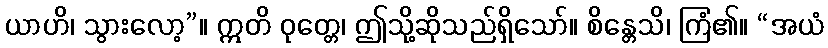
ယာဟိ၊ သွားလော့”။ ဣတိ ဝုတ္တေ၊ ဤသို့ဆိုသည်ရှိသော်။ စိန္တေသိ၊ ကြံ၏။ “အယံ